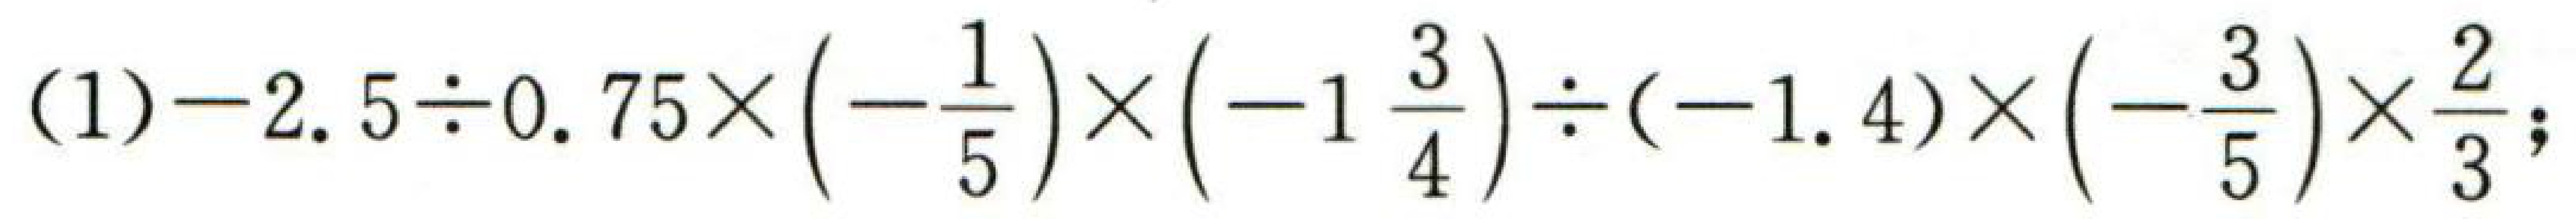
\((1)-2.5\div0.75\times\left(-\frac{1}{5}\right)\times\left(-1\frac{3}{4}\right)\div(-1.4)\times\left(-\frac{3}{5}\right)\times\frac{2}{3};\)